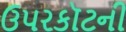
ઉપરકૉટની